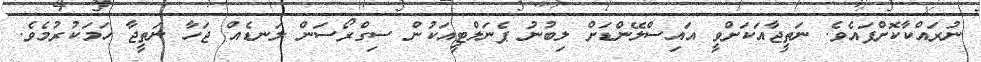
ނުރައްކާކޮށްފައެވެ. ނަތީޖާއަކަށްވީ އައިސްލޭންޑަށް ލިބުނު ޕެނަލްޓީއަކުން ސިގްރޯސަން ލަނޑެއް ޖަހާ ނަތީޖާ ހަމަކުރުމެވެ.